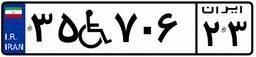
۳۵W۷۰۶۲۳